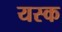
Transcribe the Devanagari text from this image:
यस्क